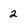
Character: 2